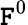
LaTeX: \mathtt{F}^{0}